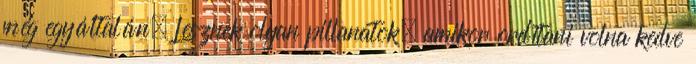
még egyáltalán. Lesznek olyan pillanatok, amikor ordítani volna kedve